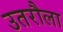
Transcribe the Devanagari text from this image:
उतरौला